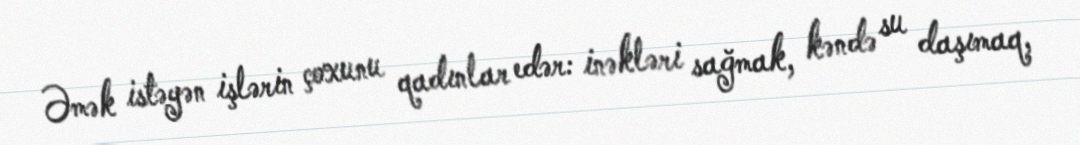
Əmək istəyən işlərin çoxunu qadınlar edər: inəkləri sağmak, kəndə su daşımaq,